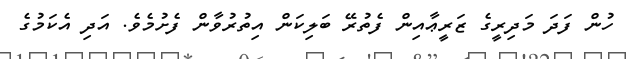
ހުން ފަދަ މަދިރީގެ ޒަރީޢާއިން ފެތުރޭ ބަލިކަން އިތުރުވާން ފެށުމެވެ. އަދި އެކަމުގެ